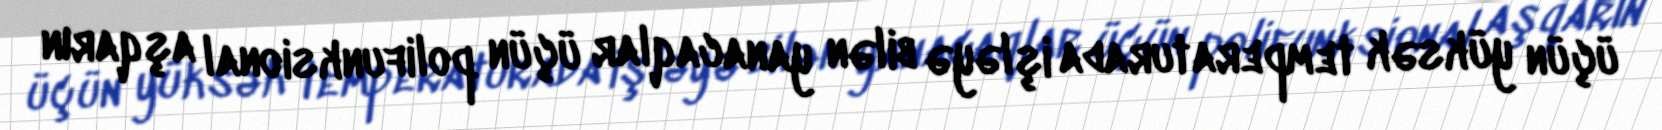
üçün yüksək temperaturada işləyə bilən yanacaqlar üçün polifunksional aşqarın